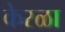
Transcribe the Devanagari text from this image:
केरळा